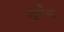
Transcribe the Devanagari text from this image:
जुलैचा